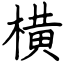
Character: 横